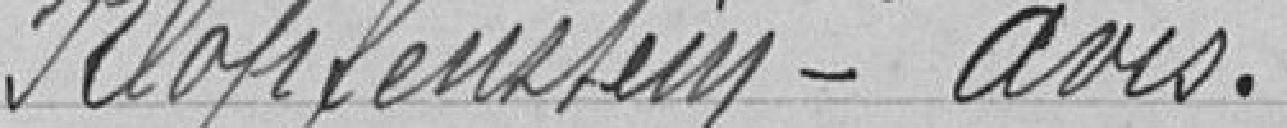
Klopfenstein-Avis .